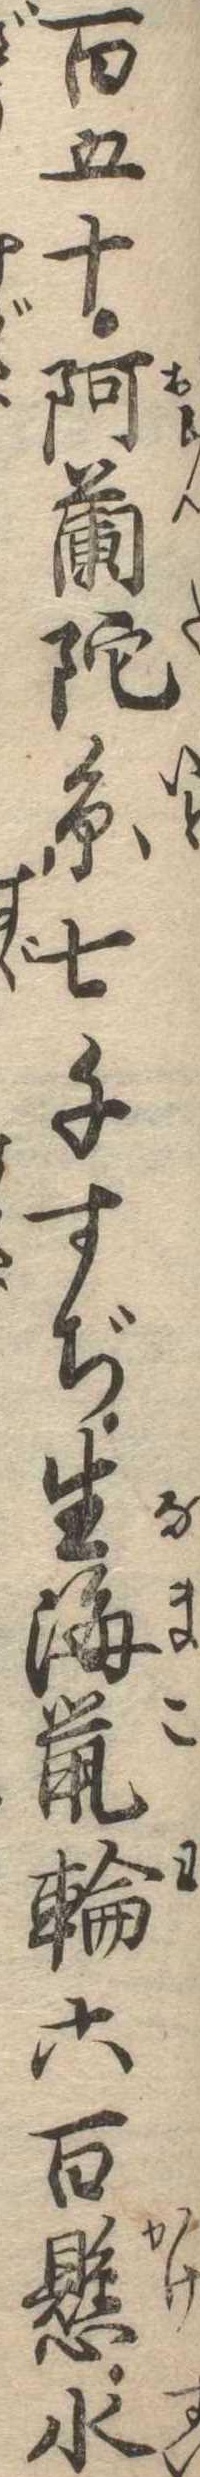
百五十阿蘭陀糸七千すぢ生海鼠輪六百懸水